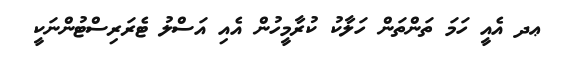
ޢދ އެއީ ހަމަ ތަންތަން ހަލާކު ކުރާމީހުން އެއި އަސްލު ޓެރަރިސްޓުންނަކީ